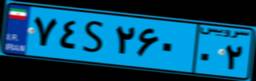
۷۸S۶۶۷۴۹